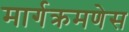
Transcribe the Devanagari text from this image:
मार्गक्रमणेस